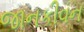
જાનકીવન